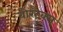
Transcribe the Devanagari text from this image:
वोरटैक्स